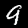
Label: 9